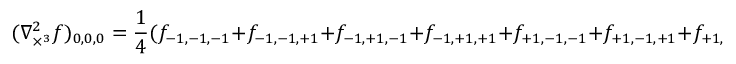
( \nabla _ { \times ^ { 3 } } ^ { 2 } f ) _ { 0 , 0 , 0 } = { \frac { 1 } { 4 } } ( f _ { - 1 , - 1 , - 1 } + f _ { - 1 , - 1 , + 1 } + f _ { - 1 , + 1 , - 1 } + f _ { - 1 , + 1 , + 1 } + f _ { + 1 , - 1 , - 1 } + f _ { + 1 , - 1 , + 1 } + f _ { + 1 , + 1 , - 1 } + f _ { + 1 , + 1 , + 1 } - 8 f _ { 0 , 0 , 0 } ) .